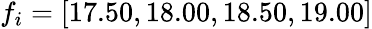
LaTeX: f_{i}=[17.50,18.00,18.50,19.00]